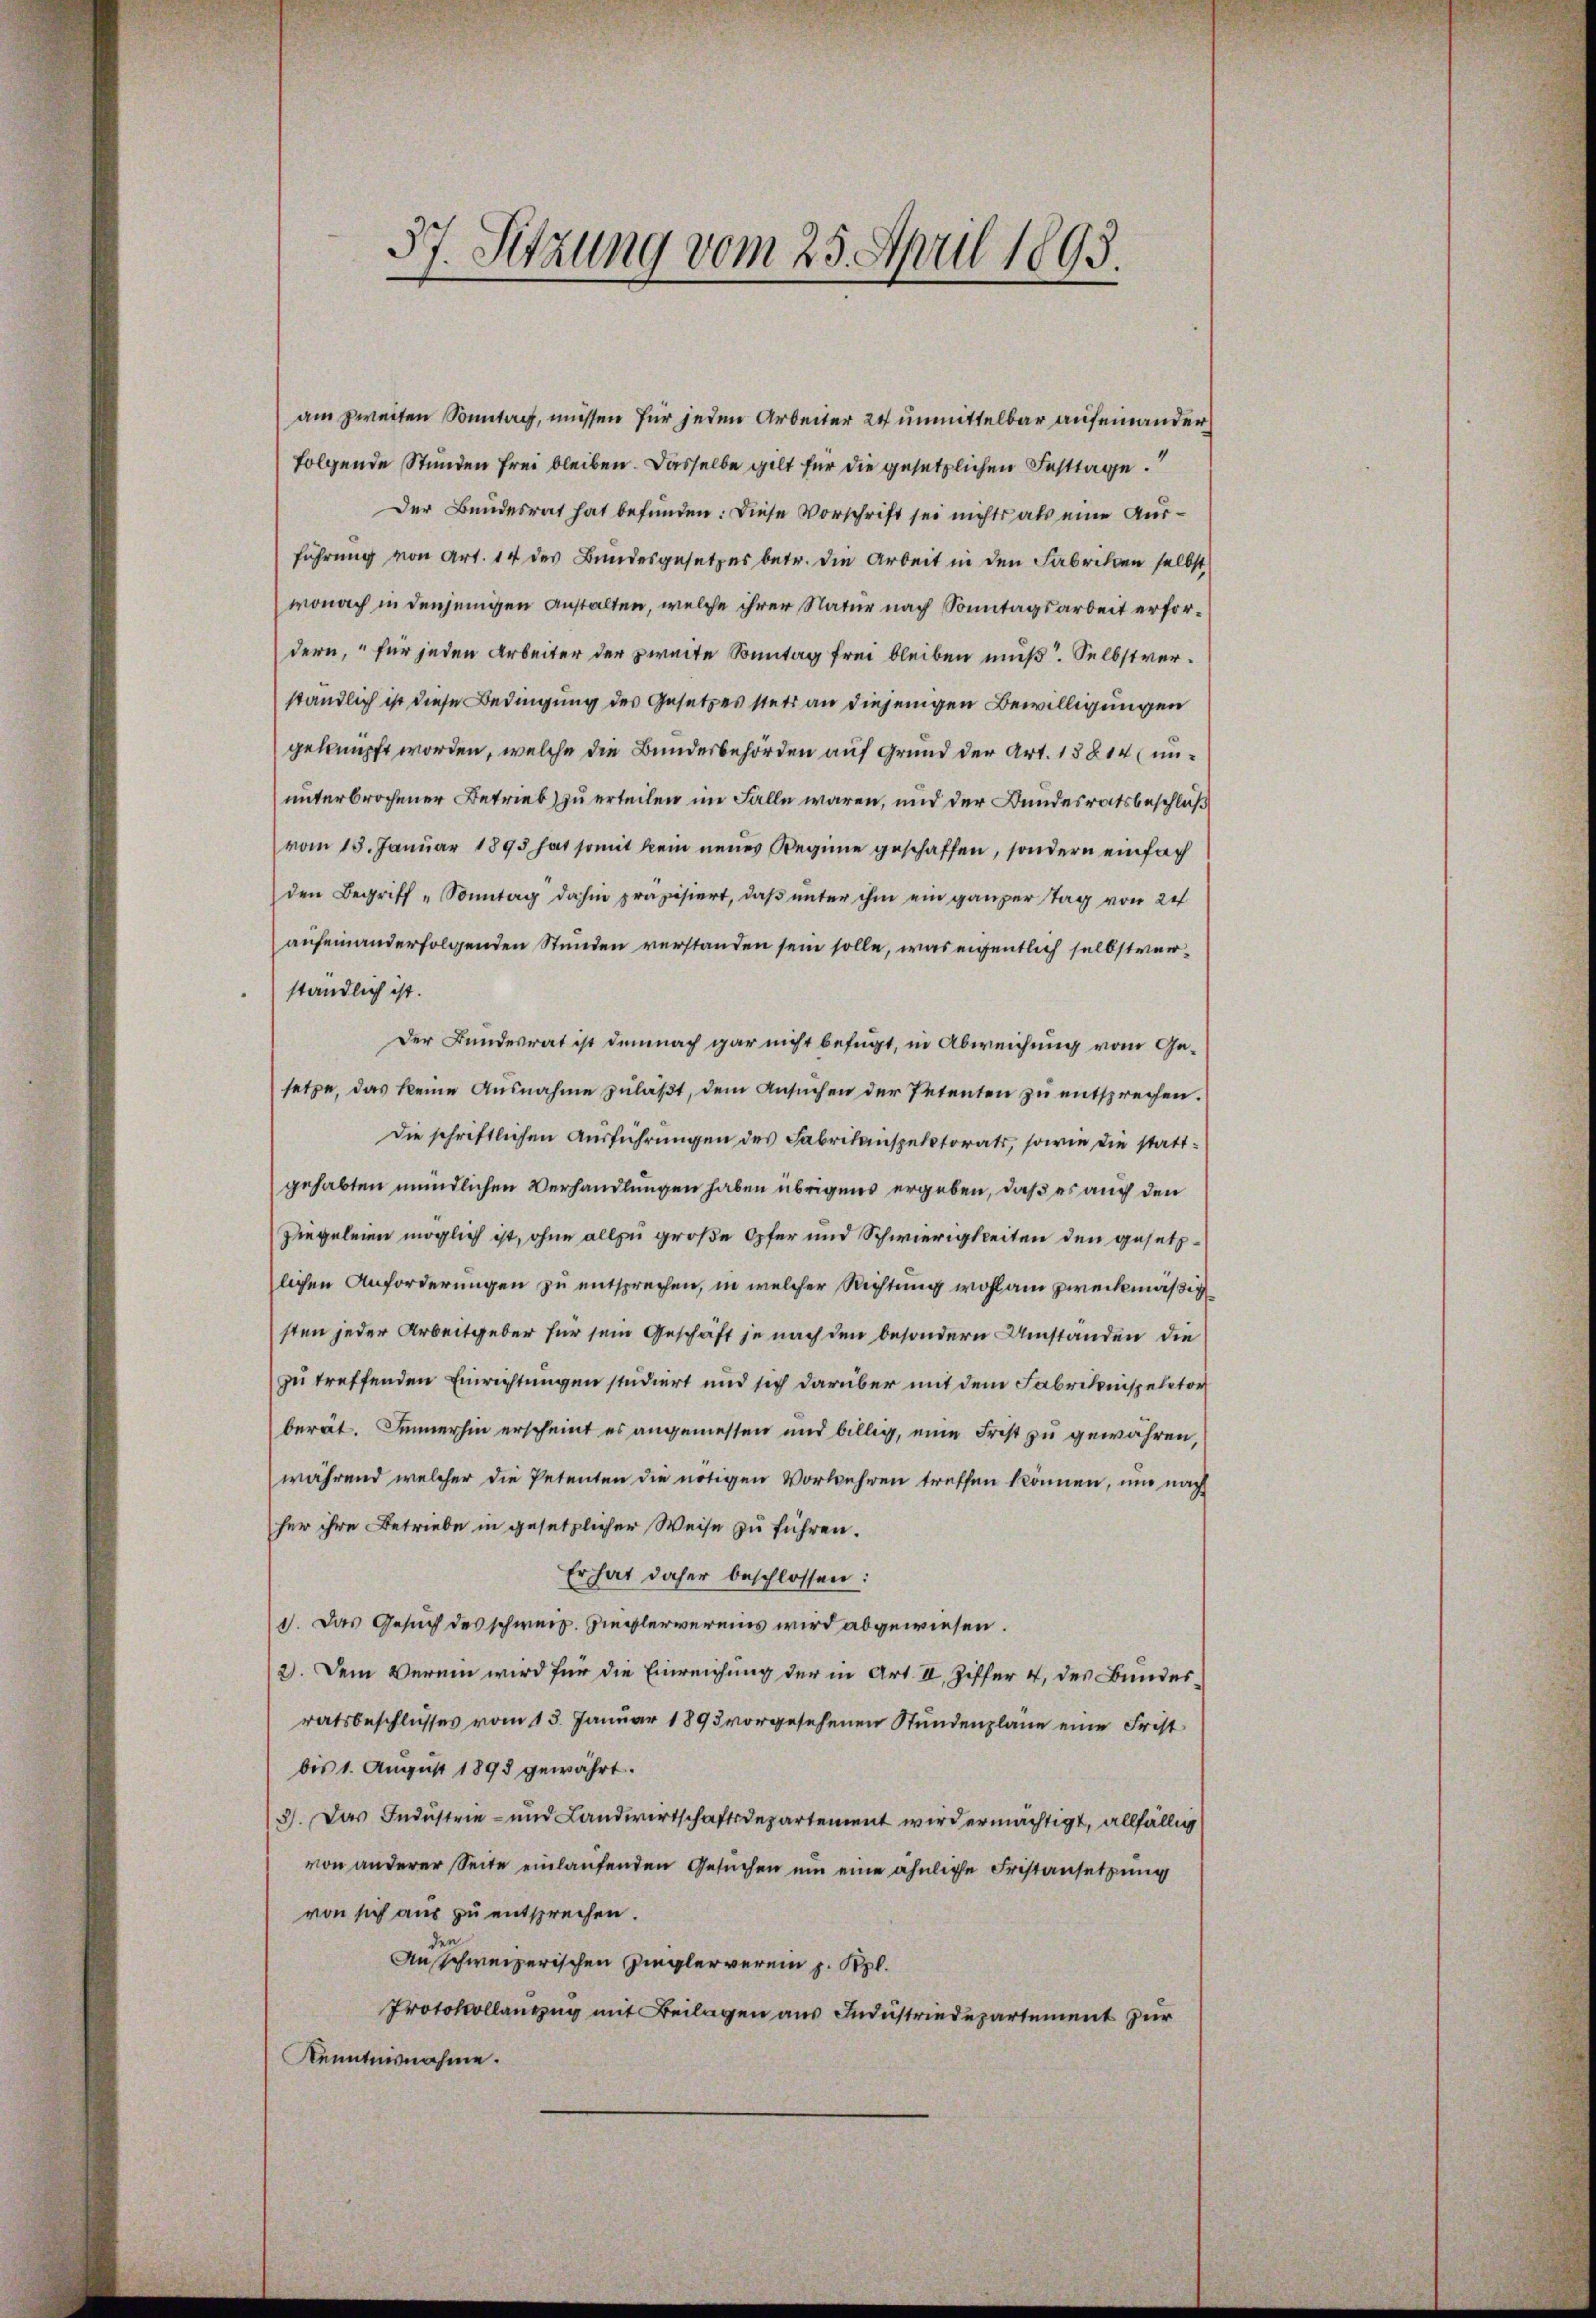
37. Sitzung vom 25. April 1893.

am zweiten Sonntag, müssen für jeden Arbeiter 24 unmittelbar aufeinander
folgende Stunden frei bleiben. Dasselbe gilt für die gesetzlichen Festtage.
Der Bundesrat hat befunden: Diese Vorschrift sei nichts als eine Ausführung von Art. 14 des Bundesgesetzes betr. die Arbeit in den Fabriken selbst
wonach in denjenigen Anstalten, welche ihrer Natur nach Sonntagsarbeit erfordern, für jeden Arbeiter der zweite Sonntag frei bleiben muß. Selbstverständlich ist diese Bedingung des Gesetzes stets an diejenigen Bewilligungen
geknüpft worden, welche die Bundesbehörden auf Grund der Art. 13814 (ununterbrochener Betrieb) zu erteilen in Falle waren, und der Bundesratsbeschluß
vom 18. Januar 1895 hat somit kein neues Reginne geschaffen, sondern einfach
den Begriff "Sonntag dahin präzisiert, daβ ŭnter ihm ein ganzer Tag von 24
aufeinanderfolgenden Stunden verstanden sein solle, was eigentlich selbstverständlich ist.
Der Bundesrat ist demnach gar nicht befugt, in Abweichung vom Gesetze, das keine Ausnahme zŭläβt, dem Ansŭchen der Petenten zŭ entsprechen.
Die schriftlichen Ausführungen des Fabrikenspektorats, sowie die stattgehabten mündlichen Verhandlungen haben übrigens ergeben, daß es auch den
Ziegeleien möglich ist, ohne alle große Opfer und Schwierigkeiten den gesetzlichen Anforderungen zu entsprechen, in welcher Richtung wohl am zweckmäßig
sten jeder Arbeitgeber für sein Geschäft je nach den besondern Umständen die
zu treffenden Einrichtungen studiert und sich darüber mit dem Fabrikinspector
berät. Immerhin erscheint es angemessen und billig, eine Frist zu gewähren,
während welcher die Petenten die nötigen Vorkehren treffen können, und nach
her ihre Betriebe in gesetzlicher Weise zu führen.
Er hat daher beschlossen:
1. Das Gesuch des schweiz. Implervereins wird abgewiesen.
2). Dem Verein wird für die Einreichung der in Art. II. Ziffer 4, des Bundesratsbeschlusses vom 13. Januar 1893 vorgesehenen Stundenpläne eine Frist
bis 1. August 1898 gewährt.
3). Das Industrie- und Landwirtschaftsdepartement wird ermächtigt, allfällig
von anderer Seite einlaufenden Gesuchen um eine ähnliche Fristansetzung
von sich aus zu entsprechen.
0
Ausschweizerischen Zieglerverein z. Rpl.
Protokollanzug mit Beilagen aus Industriedepartement zur
Kenntnisnahme.